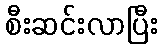
စီးဆင်းလာပြီး